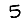
Digit: 5